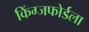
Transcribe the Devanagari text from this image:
किंग्जफोर्डला